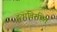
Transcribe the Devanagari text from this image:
दुवाविरहित